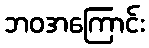
ဘဝအကြောင်း